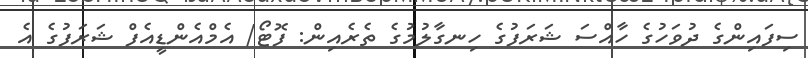
ސިފައިންގެ ދުވަހުގެ ހާއްސަ ޝަރަފުގެ ހިނގާލުމުގެ ތެރެއިން: ފޮޓޯ/ އެމްއެންޑީއެފް ޝަރަފުގެ އެ